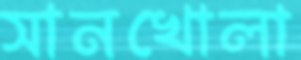
সানখোলা